Report of the Indian Hemp Drugs Commission, 1894-1895 - Volume VI
Year: 1894
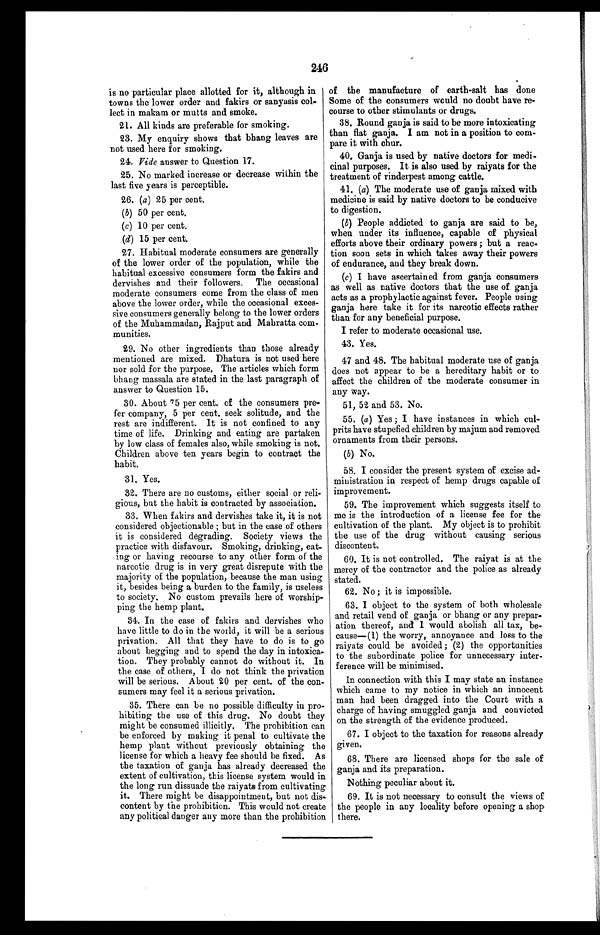
246
is no particular place allotted for it, although in '
towns the lower order and fakirs or sanyasis col-
lect in makam or mutts and smoke.
21. All kinds are preferable for smoking.
23. My enquiry shows that bhang leaves are
not used here for smoking.
24. Vide answer to Question 17.
25. No marked increase or decrease within the
last five years is perceptible.
26. (a) 25 per cent.
(b) 50 per cent.
(c) 10 per cent.
(d) 15 per cent.
27. Habitual moderate consumers are generally
of the lower order of the population, while the
habitual excessive consumers form the fakirs and
dervishes and their followers. The occasional
moderate consumers come from the class of men
above the lower order, while the occasional exces-
sive consumers generally belong to the lower orders
of the Muhammadan, Rajput and Mahratta com-
munities.
29. No other ingredients than those already
mentioned are mixed. Dhatura is not used here
nor sold for the purpose. The articles which form
bhang massala are stated in the last paragraph of
answer to Question 15.
30. About 75 per cent. of the consumers pre-
fer company, 5 per cent. seek solitude, and the
rest are indifferent. It is not confined to any
time of life. Drinking and eating are partaken
by low class of females also, while smoking is not.
Children above ten years begin to contract the
habit.
31. Yes.
32. There are no customs, either social or reli-
gious, but the habit is contracted by association.
33. When fakirs and dervishes take it, it is not
considered objectionable ; but in the case of others
it is considered degrading. Society views the
practice with disfavour. Smoking, drinking, eat-
ing or having recourse to any other form of the
narcotic drug is in very great disrepute with the
majority of the population, because the man using
it, besides being a burden to the family, is useless
to society. No custom prevails here of worship-
ping the hemp plant.
34. In the case of fakirs and dervishes who
have little to do in the world, it will be a serious
privation. All that they have to do is to go
about begging and to spend the day in intoxica-
tion. They probably cannot do without it. In
the case of others, I do not think the privation
will be serious. About 20 per cent. of the con-
sumers may feel it a serious privation.
35. There can be no possible difficulty in pro-
hibiting the use of this drug. No doubt they
might be consumed illicitly. The prohibition can
be enforced by making it penal to cultivate the
hemp plant without previously obtaining the
license for which a heavy fee should be fixed. As
the taxation of ganja has already decreased the
extent of cultivation, this license system would in
the long run dissuade the raiyats from cultivating
it. There might be disappointment, but not dis-
content by the prohibition. This would not create
any political danger any more than the prohibition
of the manufacture of earth-salt has done
Some of the consumers would no doubt have re-
course to other stimulants or drugs.
38. Round ganja is said to be more intoxicating
than flat ganja. I am not in a position to com-
pare it with chur.
40. Ganja is used by native doctors for medi-
cinal purposes. It is also used by raiyats for the
treatment of rinderpest among cattle.
41. (a) The moderate use of ganja mixed with
medicine is said by native doctors to be conducive
to digestion.
(b) People addicted to ganja are said to be,
when under its influence, capable of physical
efforts above their ordinary powers ; but a reac-
tion soon sets in which takes away their powers
of endurance, and they break down.
(c) I have ascertained from ganja consumers
as well as native doctors that the use of ganja
acts as a prophylactic against fever. People using
ganja here take it for its narcotic effects rather
than for any beneficial purpose.
I refer to moderate occasional use.
43. Yes.
47 and 48. The habitual moderate use of ganja
does not appear to be a hereditary habit or to
affect the children of the moderate consumer in
any way.
51, 52 and 53. No.
55. (a) Yes ; I have instances in which cul-
prits have stupefied children by majum and removed
ornaments from their persons.
(b) No.
58. I consider the present system of excise ad-
ministration in respect of hemp drugs capable of
improvement.
59. The improvement which suggests itself to
me is the introduction of a license fee for the
cultivation of the plant. My object is to prohibit
the use of the drug without causing serious
discontent.
60. It is not controlled. The raiyat is at the
mercy of the contractor and the police as already
stated.
62. No ; it is impossible.
63. I object to the system of both wholesale
and retail vend of ganja or bhang or any prepar-
ation thereof, and I would abolish all tax, be-
cause—(1) the worry, annoyance and loss to the
raiyats could be avoided ; (2) the opportunities
to the subordinate police for unnecessary inter-
ference will be minimised.
In connection with this I may state an instance
which came to my notice in which an innocent
man had been dragged into the Court with a
charge of having smuggled ganja and convicted
on the strength of the evidence produced.
67. I object to the taxation for reasons already
given.
68. There are licensed shops for the sale of
ganja and its preparation.
Nothing peculiar about it.
69. It is not necessary to consult the views of
the people in any locality before opening a shop
there.